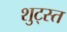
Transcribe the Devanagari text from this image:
शुट्स्त